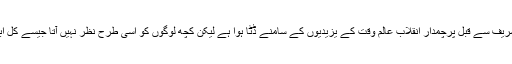
آج ایک بار پھر یہی کیفیت ہے ظہور امام عصر عجل اللہ تعالی فرجہ الشریف سے قبل پرچمدار انقلاب عالم وقت کے یزیدیوں کے سامنے ڈٹا ہوا ہے لیکن کچھ لوگوں کو اسی طرح نظر نہیں آتا جیسے کل ابن زیاد کے درہم و دینار کی چکا چوند میں جناب مسلم ابن عقیل کا وجود۔